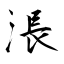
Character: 涱